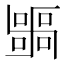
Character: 𭅫